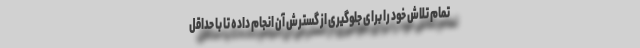
تمام تلاش خود را برای جلوگیری از گسترش آن انجام داده تا با حداقل